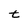
Character: t